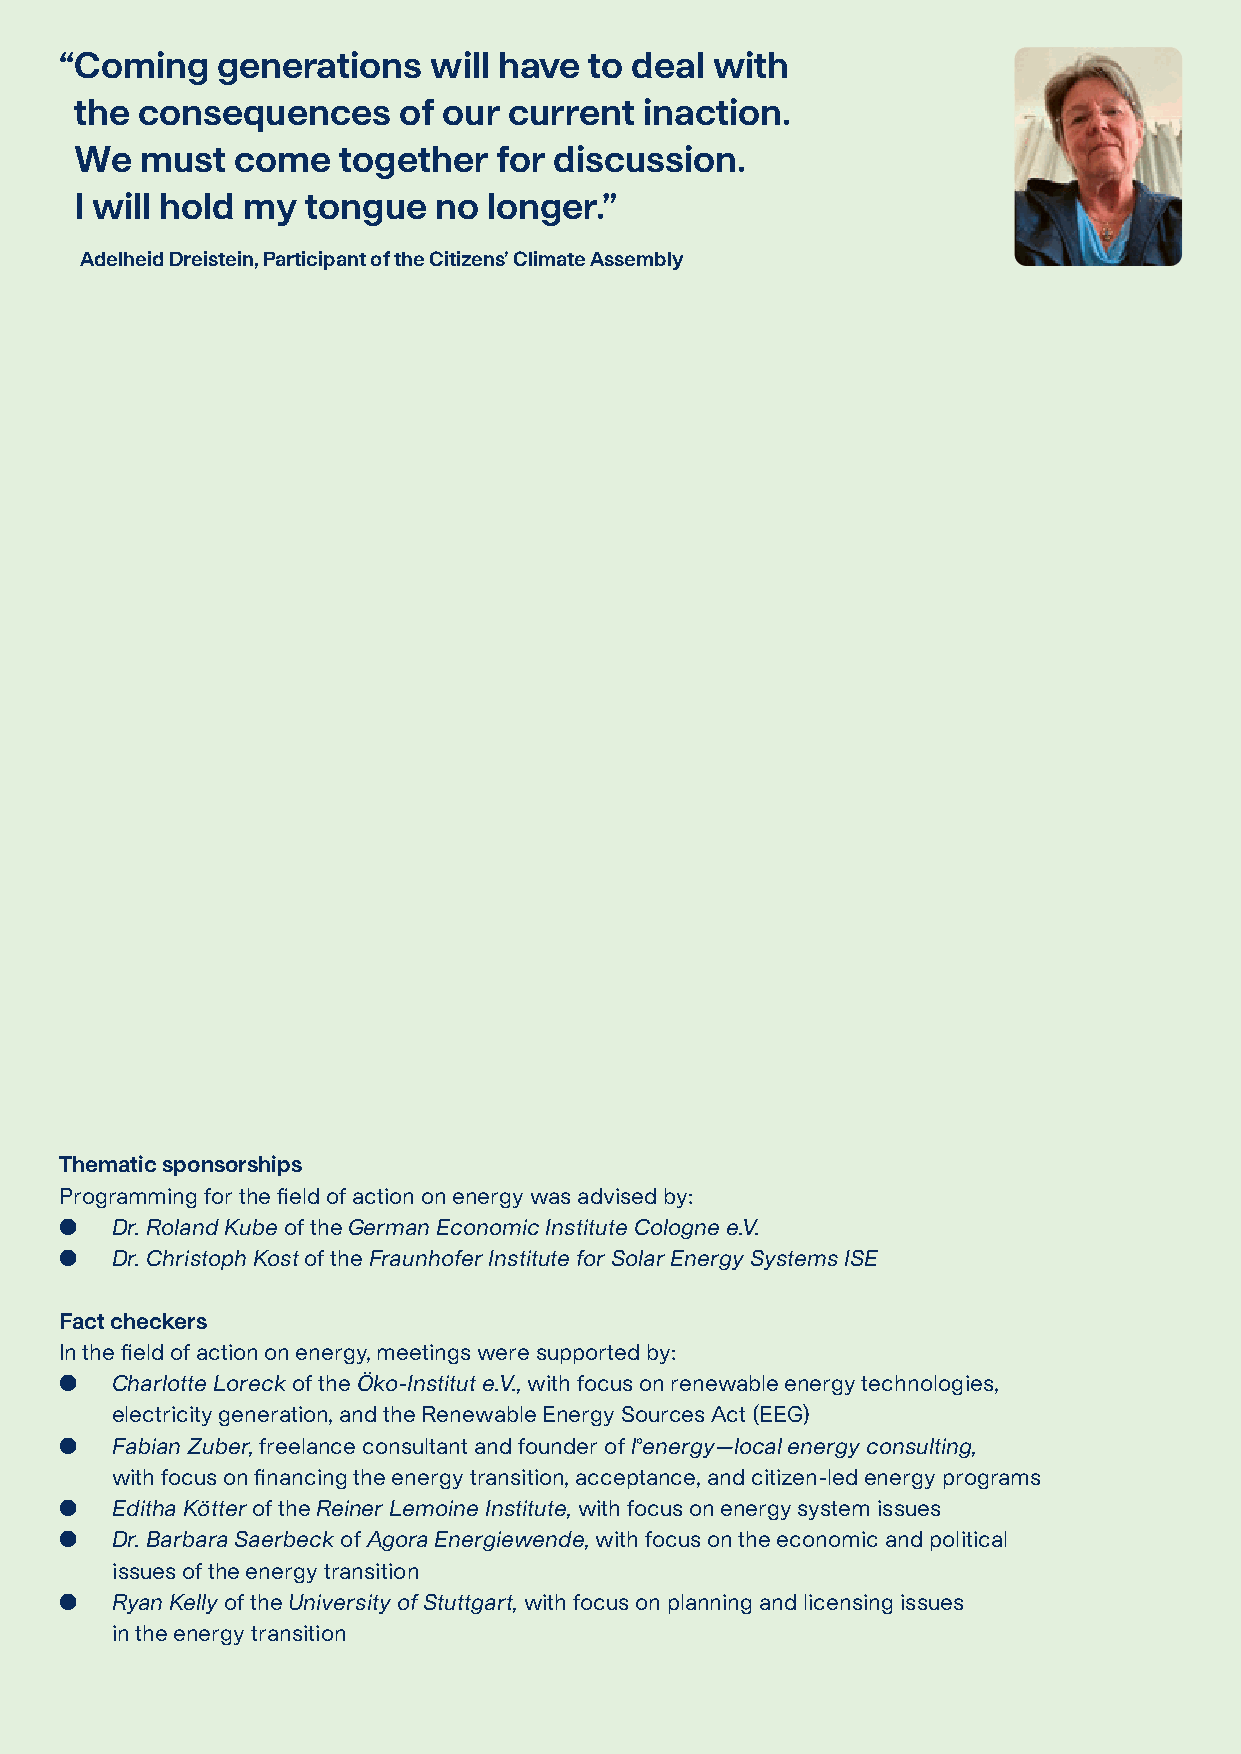
“ Coming  generations   will have  to deal with
 the consequences     of our  current  inaction.
 We  must  come   together   for discussion.
 I will hold my tongue   no longer.”
 Adelheid Dreistein, Participant of the Citizens’ Climate Assembly
 Thematic sponsorships
 Programming for the field of action on energy was advised by:
   Dr. Roland Kube of the German Economic Institute Cologne e.V.
   Dr. Christoph Kost of the Fraunhofer Institute for Solar Energy Systems ISE
 Fact checkers
 In the field of action on energy, meetings were supported by:
   Charlotte Loreck of the Öko-Institut e.V., with focus on renewable energy technologies,
 electricity generation, and the Renewable Energy Sources Act (EEG)
   Fabian Zuber, freelance consultant and founder of l°energy—local energy consulting,
 with focus on financing the energy transition, acceptance, and citizen-led energy programs
   Editha Kötter of the Reiner Lemoine Institute, with focus on energy system issues
   Dr. Barbara Saerbeck of Agora Energiewende, with focus on the economic and political
 issues of the energy transition
   Ryan Kelly of the University of Stuttgart, with focus on planning and licensing issues
 in the energy transition
 Recommendations for German climate policy                                35